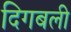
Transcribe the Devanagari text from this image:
दिगबली